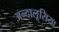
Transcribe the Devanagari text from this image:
अन्दालूसिया